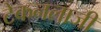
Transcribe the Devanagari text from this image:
टेकनलाजी